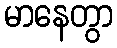
မာနေတွာ